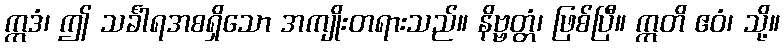
ဣဒံ၊ ဤ သင်္ခါရအစရှိသော အကျိုးတရားသည်။ နိဗ္ဗတ္တံ၊ ဖြစ်ပြီ။ ဣတိ ဧဝံ၊ သို့။